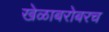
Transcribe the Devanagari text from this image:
खेळाबरोबरच